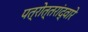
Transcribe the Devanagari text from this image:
पत्रोत्तरांद्वारे